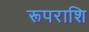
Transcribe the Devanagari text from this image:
रूपराशि